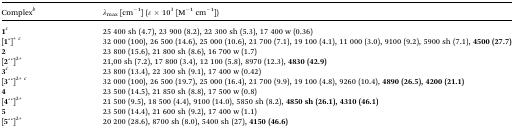
<table><thead><tr><td><b>Complex<sup><i>b</i></sup></b></td><td><b><i>λ</i><sub>max</sub> [cm<sup>–1</sup>] (<i>ε</i> × 10<sup>3</sup> [M<sup>–1</sup> cm<sup>–1</sup>])</b></td></tr></thead><tbody><tr><td><b>1</b><sup><i>c</i></sup></td><td>25 400 sh (4.7), 23 900 (8.2), 22 300 sh (5.3), 17 400 w (0.36)</td></tr><tr><td>[<b>1 ̇</b>]<sup>+</sup><sup><i>c</i></sup></td><td>32 000 (100), 26 500 (14.6), 25 000 (10.6), 21 700 (7.1), 19 100 (4.1), 11 000 (3.0), 9100 (9.2), 5900 sh (7.1), <b>4500 (27.7)</b></td></tr><tr><td><b>2</b></td><td>23 800 (15.6), 21 800 sh (8.6), 16 700 w (1.7)</td></tr><tr><td>[<b>2 ̇ ̇</b>]<sup>2+</sup></td><td>21,00 sh (7.2), 17 800 (3.4), 12 100 (5.8), 8970 (12.3), <b>4830 (42.9)</b></td></tr><tr><td><b>3</b><sup><i>c</i></sup></td><td>23 800 (13.4), 22 300 sh (9.1), 17 400 w (0.42)</td></tr><tr><td>[<b>3 ̇ ̇</b>]<sup>2+</sup><sup><i>c</i></sup></td><td>32 000 (100), 26 500 (19.7), 25 000 (16.4), 21 700 (9.9), 19 100 (4.8), 9260 (10.4), <b>4890 (26.5), 4200 (21.1)</b></td></tr><tr><td><b>4</b></td><td>23 500 (14.5), 21 850 sh (8.8), 17 500 w (0.8)</td></tr><tr><td>[<b>4 ̇ ̇</b>]<sup>2+</sup></td><td>21 500 (9.5), 18 500 (4.4), 9100 (14.0), 5850 sh (8.2), <b>4850 sh (26.1), 4310 (46.1)</b></td></tr><tr><td><b>5</b></td><td>23 500 (14.4), 21 600 sh (9.2), 17 400 w (1.1)</td></tr><tr><td>[<b>5 ̇ ̇</b>]<sup>2+</sup></td><td>20 200 (28.6), 8700 sh (8.0), 5400 sh (27), <b>4150 (46.6)</b></td></tr></tbody></table>